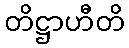
တိဋ္ဌာဟီတိ